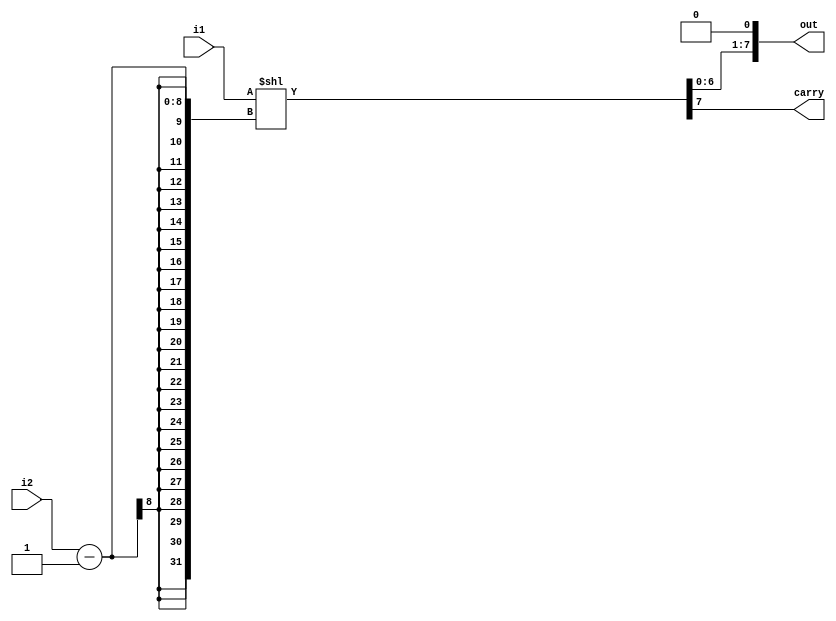
module leftshift(i1, i2, out, carry);
    input[7:0] i1, i2;
    output[7:0] out;
    output carry;
    
    wire[7:0] x;
    assign x = i1 << (i2 - 1);
    assign carry = x >> 7;
    assign out = x << 1;

endmodule